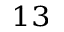
^ { 1 3 }